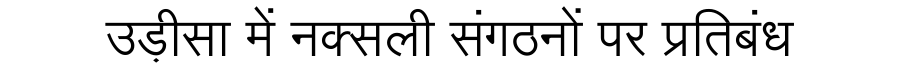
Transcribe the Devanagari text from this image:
उड़ीसा में नक्सली संगठनों पर प्रतिबंध